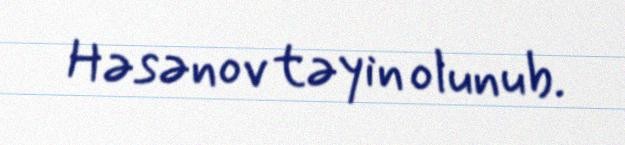
Həsənov təyin olunub.